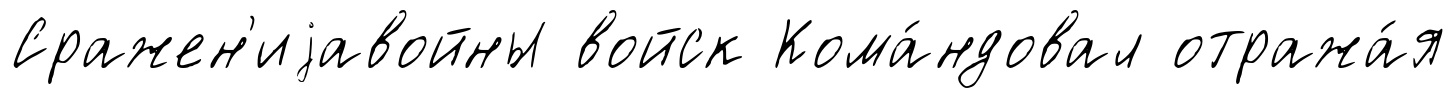
Сражен'иjавойны войск Кома́ндовал отража́я